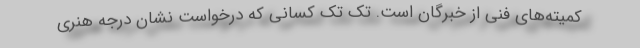
کمیته‌های فنی از خبرگان است. تک تک کسانی که درخواست نشان درجه هنری